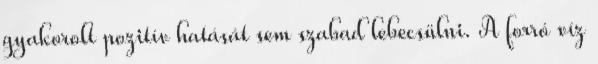
gyakorolt pozitív hatását sem szabad lebecsülni. A forró víz